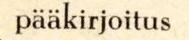
pääkirjoitus